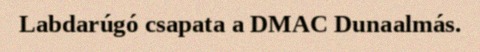
Labdarúgó csapata a DMAC Dunaalmás.